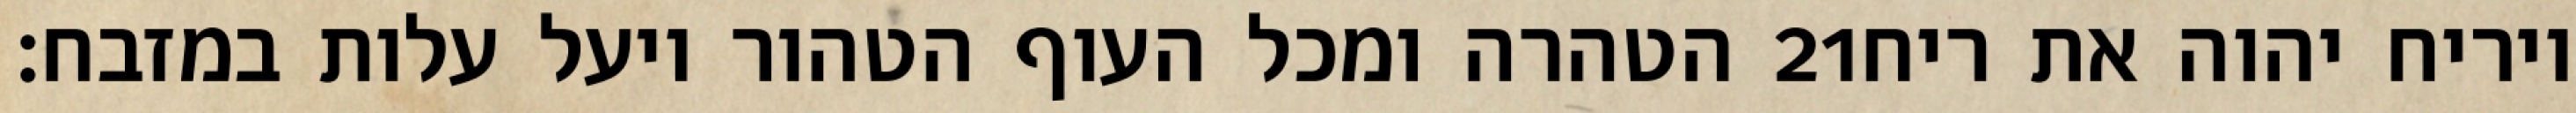
הטהרה ומכל העוף הטהור ויעל עלות במזבח׃ ‎21‏ ויריח יהוה את ריח